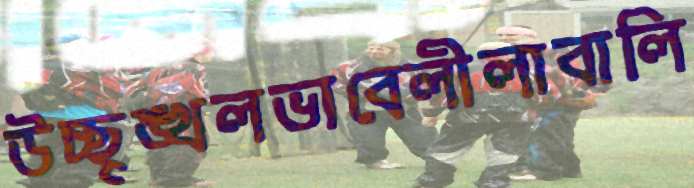
উচ্ছৃঙ্খলভাবেলীলাবালি